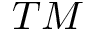
T M